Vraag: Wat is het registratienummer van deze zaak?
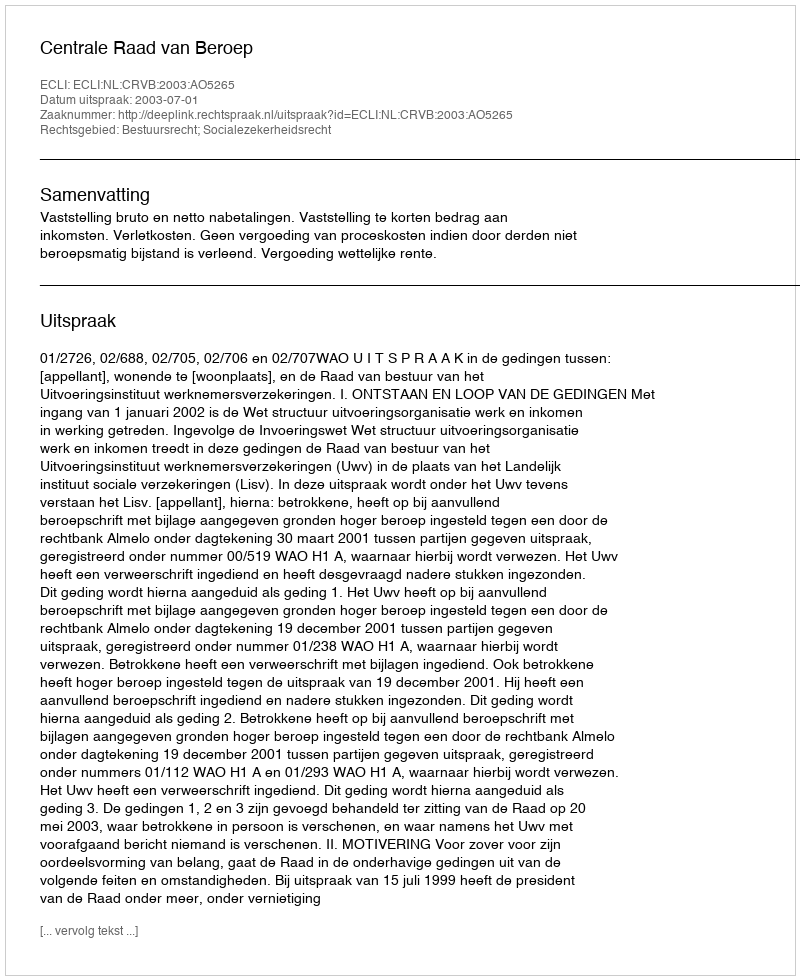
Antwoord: http://deeplink.rechtspraak.nl/uitspraak?id=ECLI:NL:CRVB:2003:AO5265